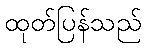
ထုတ်ပြန်သည်